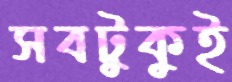
সবটুকুই